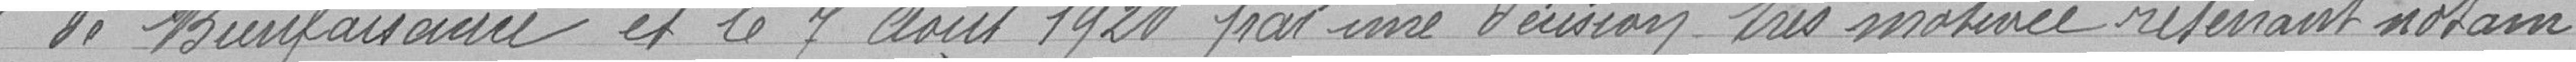
" de Bienfaisance et le 7 août 1920 par une décision très motivée relevant notam-